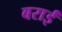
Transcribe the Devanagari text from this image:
बराईं